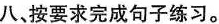
八、按要求完成句子练习。